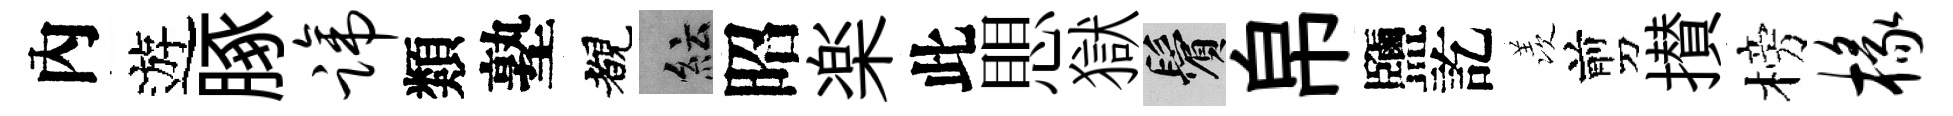
內遊䐁蹄類塾覩紜昭楽此愳獄鬢帛鹽訖羡剪攅榜椽